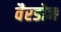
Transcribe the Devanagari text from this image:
वैरडोन